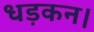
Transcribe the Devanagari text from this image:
धड़कन।